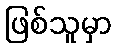
ဖြစ်သူမှာ